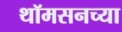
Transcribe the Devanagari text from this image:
थॉमसनच्या